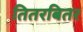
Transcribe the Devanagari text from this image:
तितरबितर